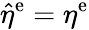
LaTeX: \hat{\eta}^{\mathrm{e}}=\eta^{\mathrm{e}}